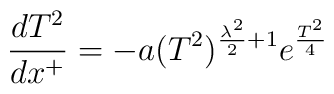
\frac{d T^2}{d x^+}=       -a (T^2)^{\frac{\lambda^2}{2} +1} e^{\frac{T^2}{4}}